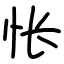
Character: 怅